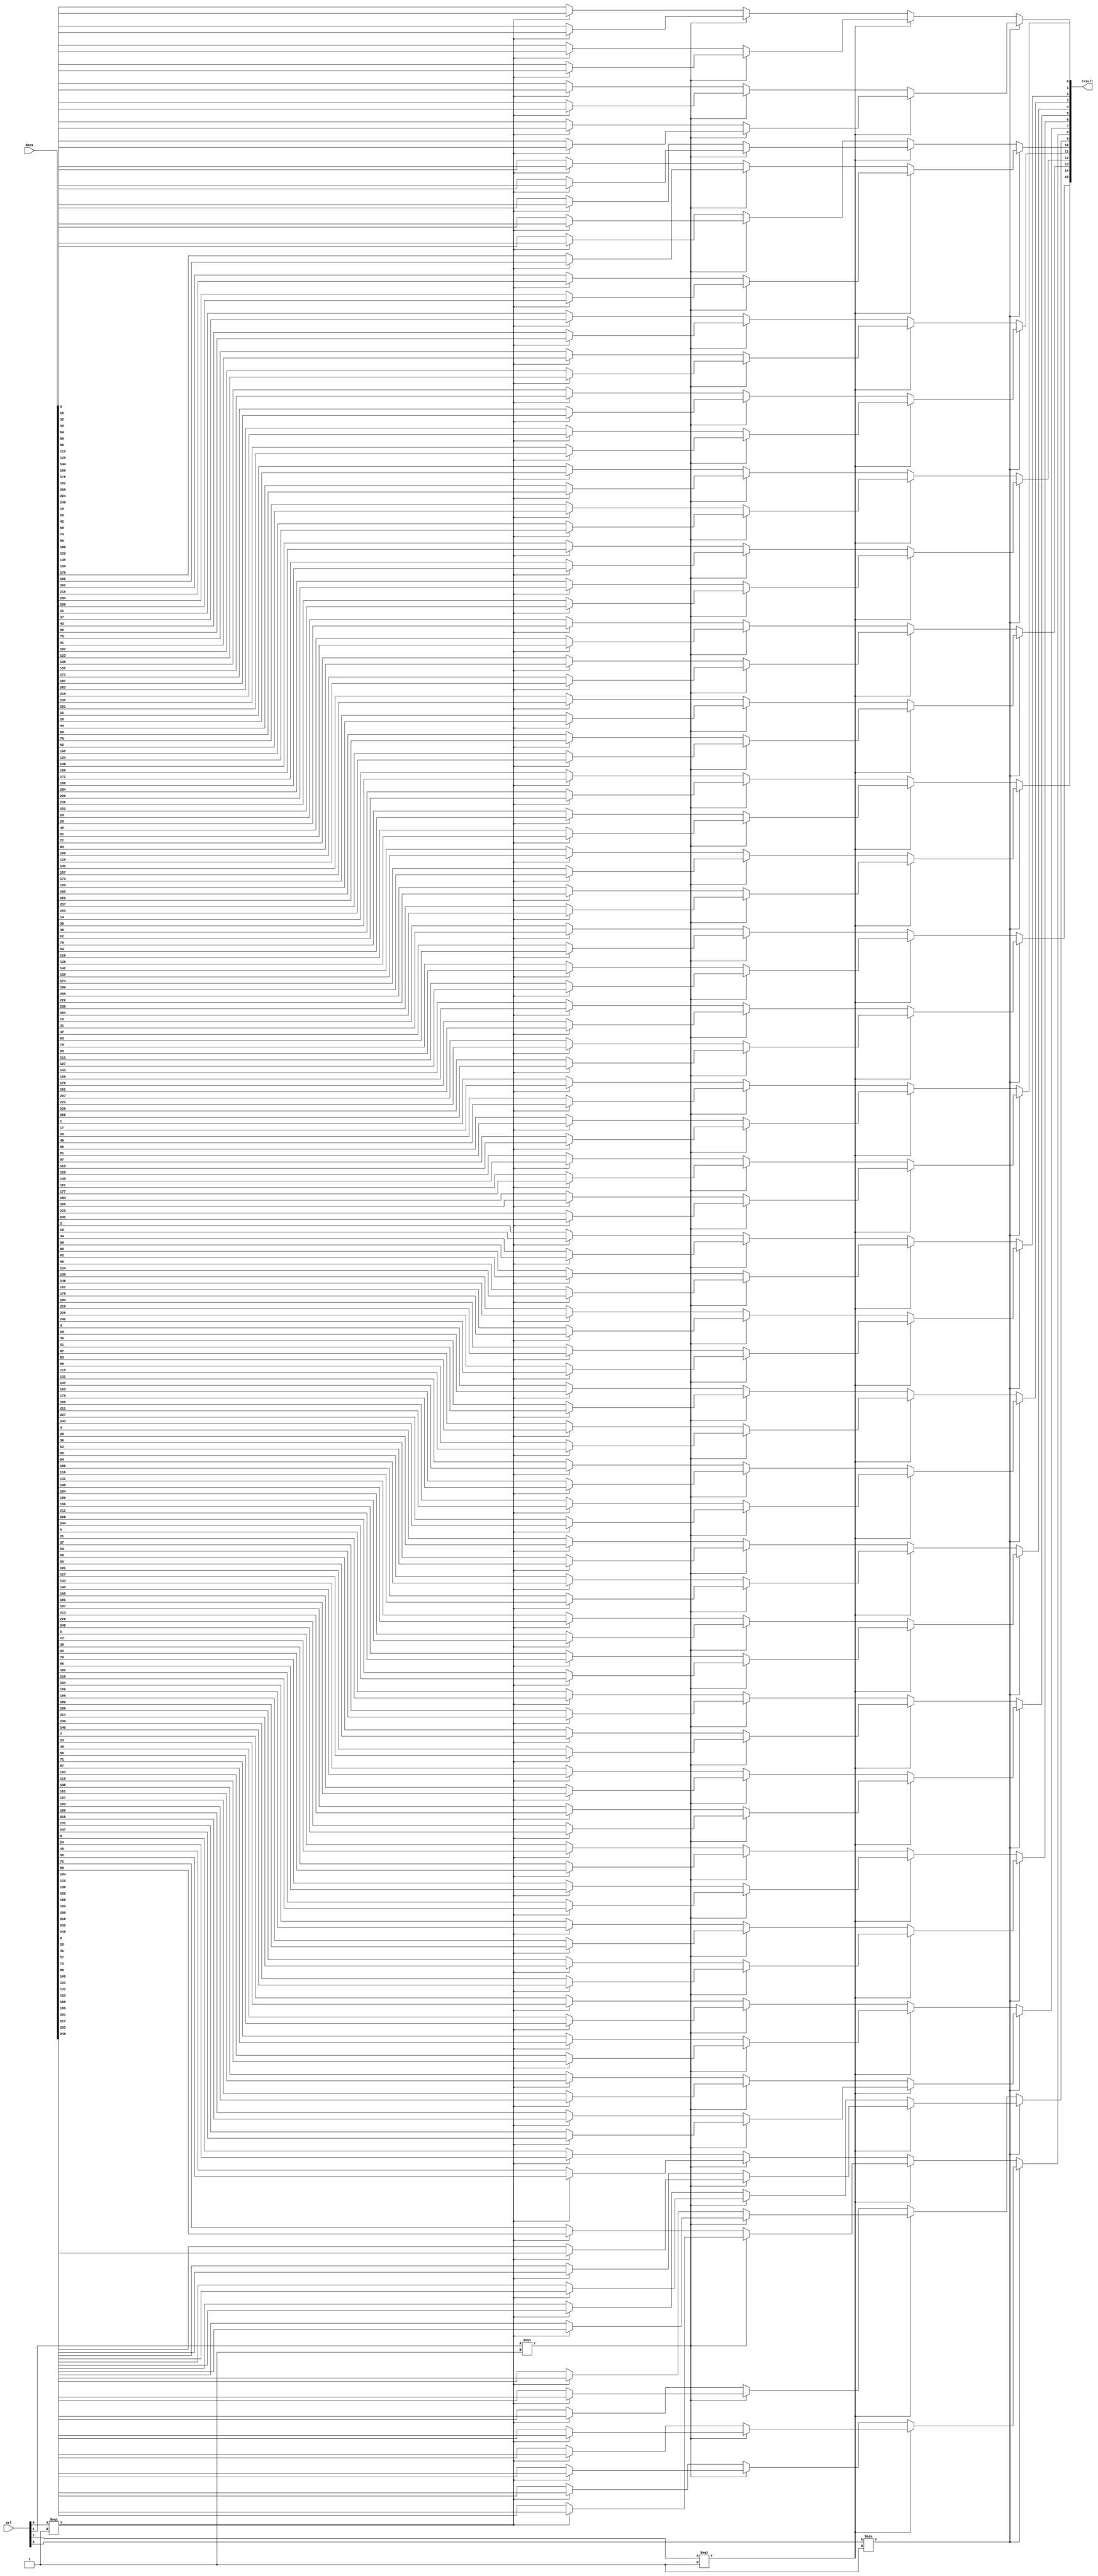
module  element_mux_16x16_mux
	( 
	data,
	result,
	sel) /* synthesis synthesis_clearbox=1 */;
	input   [255:0]  data;
	output   [15:0]  result;
	input   [3:0]  sel;
`ifndef ALTERA_RESERVED_QIS
// synopsys translate_off
`endif
	tri0   [255:0]  data;
	tri0   [3:0]  sel;
`ifndef ALTERA_RESERVED_QIS
// synopsys translate_on
`endif

	wire	wire_l1_w0_n0_mux_dataout;
	wire	wire_l1_w0_n1_mux_dataout;
	wire	wire_l1_w0_n2_mux_dataout;
	wire	wire_l1_w0_n3_mux_dataout;
	wire	wire_l1_w0_n4_mux_dataout;
	wire	wire_l1_w0_n5_mux_dataout;
	wire	wire_l1_w0_n6_mux_dataout;
	wire	wire_l1_w0_n7_mux_dataout;
	wire	wire_l1_w10_n0_mux_dataout;
	wire	wire_l1_w10_n1_mux_dataout;
	wire	wire_l1_w10_n2_mux_dataout;
	wire	wire_l1_w10_n3_mux_dataout;
	wire	wire_l1_w10_n4_mux_dataout;
	wire	wire_l1_w10_n5_mux_dataout;
	wire	wire_l1_w10_n6_mux_dataout;
	wire	wire_l1_w10_n7_mux_dataout;
	wire	wire_l1_w11_n0_mux_dataout;
	wire	wire_l1_w11_n1_mux_dataout;
	wire	wire_l1_w11_n2_mux_dataout;
	wire	wire_l1_w11_n3_mux_dataout;
	wire	wire_l1_w11_n4_mux_dataout;
	wire	wire_l1_w11_n5_mux_dataout;
	wire	wire_l1_w11_n6_mux_dataout;
	wire	wire_l1_w11_n7_mux_dataout;
	wire	wire_l1_w12_n0_mux_dataout;
	wire	wire_l1_w12_n1_mux_dataout;
	wire	wire_l1_w12_n2_mux_dataout;
	wire	wire_l1_w12_n3_mux_dataout;
	wire	wire_l1_w12_n4_mux_dataout;
	wire	wire_l1_w12_n5_mux_dataout;
	wire	wire_l1_w12_n6_mux_dataout;
	wire	wire_l1_w12_n7_mux_dataout;
	wire	wire_l1_w13_n0_mux_dataout;
	wire	wire_l1_w13_n1_mux_dataout;
	wire	wire_l1_w13_n2_mux_dataout;
	wire	wire_l1_w13_n3_mux_dataout;
	wire	wire_l1_w13_n4_mux_dataout;
	wire	wire_l1_w13_n5_mux_dataout;
	wire	wire_l1_w13_n6_mux_dataout;
	wire	wire_l1_w13_n7_mux_dataout;
	wire	wire_l1_w14_n0_mux_dataout;
	wire	wire_l1_w14_n1_mux_dataout;
	wire	wire_l1_w14_n2_mux_dataout;
	wire	wire_l1_w14_n3_mux_dataout;
	wire	wire_l1_w14_n4_mux_dataout;
	wire	wire_l1_w14_n5_mux_dataout;
	wire	wire_l1_w14_n6_mux_dataout;
	wire	wire_l1_w14_n7_mux_dataout;
	wire	wire_l1_w15_n0_mux_dataout;
	wire	wire_l1_w15_n1_mux_dataout;
	wire	wire_l1_w15_n2_mux_dataout;
	wire	wire_l1_w15_n3_mux_dataout;
	wire	wire_l1_w15_n4_mux_dataout;
	wire	wire_l1_w15_n5_mux_dataout;
	wire	wire_l1_w15_n6_mux_dataout;
	wire	wire_l1_w15_n7_mux_dataout;
	wire	wire_l1_w1_n0_mux_dataout;
	wire	wire_l1_w1_n1_mux_dataout;
	wire	wire_l1_w1_n2_mux_dataout;
	wire	wire_l1_w1_n3_mux_dataout;
	wire	wire_l1_w1_n4_mux_dataout;
	wire	wire_l1_w1_n5_mux_dataout;
	wire	wire_l1_w1_n6_mux_dataout;
	wire	wire_l1_w1_n7_mux_dataout;
	wire	wire_l1_w2_n0_mux_dataout;
	wire	wire_l1_w2_n1_mux_dataout;
	wire	wire_l1_w2_n2_mux_dataout;
	wire	wire_l1_w2_n3_mux_dataout;
	wire	wire_l1_w2_n4_mux_dataout;
	wire	wire_l1_w2_n5_mux_dataout;
	wire	wire_l1_w2_n6_mux_dataout;
	wire	wire_l1_w2_n7_mux_dataout;
	wire	wire_l1_w3_n0_mux_dataout;
	wire	wire_l1_w3_n1_mux_dataout;
	wire	wire_l1_w3_n2_mux_dataout;
	wire	wire_l1_w3_n3_mux_dataout;
	wire	wire_l1_w3_n4_mux_dataout;
	wire	wire_l1_w3_n5_mux_dataout;
	wire	wire_l1_w3_n6_mux_dataout;
	wire	wire_l1_w3_n7_mux_dataout;
	wire	wire_l1_w4_n0_mux_dataout;
	wire	wire_l1_w4_n1_mux_dataout;
	wire	wire_l1_w4_n2_mux_dataout;
	wire	wire_l1_w4_n3_mux_dataout;
	wire	wire_l1_w4_n4_mux_dataout;
	wire	wire_l1_w4_n5_mux_dataout;
	wire	wire_l1_w4_n6_mux_dataout;
	wire	wire_l1_w4_n7_mux_dataout;
	wire	wire_l1_w5_n0_mux_dataout;
	wire	wire_l1_w5_n1_mux_dataout;
	wire	wire_l1_w5_n2_mux_dataout;
	wire	wire_l1_w5_n3_mux_dataout;
	wire	wire_l1_w5_n4_mux_dataout;
	wire	wire_l1_w5_n5_mux_dataout;
	wire	wire_l1_w5_n6_mux_dataout;
	wire	wire_l1_w5_n7_mux_dataout;
	wire	wire_l1_w6_n0_mux_dataout;
	wire	wire_l1_w6_n1_mux_dataout;
	wire	wire_l1_w6_n2_mux_dataout;
	wire	wire_l1_w6_n3_mux_dataout;
	wire	wire_l1_w6_n4_mux_dataout;
	wire	wire_l1_w6_n5_mux_dataout;
	wire	wire_l1_w6_n6_mux_dataout;
	wire	wire_l1_w6_n7_mux_dataout;
	wire	wire_l1_w7_n0_mux_dataout;
	wire	wire_l1_w7_n1_mux_dataout;
	wire	wire_l1_w7_n2_mux_dataout;
	wire	wire_l1_w7_n3_mux_dataout;
	wire	wire_l1_w7_n4_mux_dataout;
	wire	wire_l1_w7_n5_mux_dataout;
	wire	wire_l1_w7_n6_mux_dataout;
	wire	wire_l1_w7_n7_mux_dataout;
	wire	wire_l1_w8_n0_mux_dataout;
	wire	wire_l1_w8_n1_mux_dataout;
	wire	wire_l1_w8_n2_mux_dataout;
	wire	wire_l1_w8_n3_mux_dataout;
	wire	wire_l1_w8_n4_mux_dataout;
	wire	wire_l1_w8_n5_mux_dataout;
	wire	wire_l1_w8_n6_mux_dataout;
	wire	wire_l1_w8_n7_mux_dataout;
	wire	wire_l1_w9_n0_mux_dataout;
	wire	wire_l1_w9_n1_mux_dataout;
	wire	wire_l1_w9_n2_mux_dataout;
	wire	wire_l1_w9_n3_mux_dataout;
	wire	wire_l1_w9_n4_mux_dataout;
	wire	wire_l1_w9_n5_mux_dataout;
	wire	wire_l1_w9_n6_mux_dataout;
	wire	wire_l1_w9_n7_mux_dataout;
	wire	wire_l2_w0_n0_mux_dataout;
	wire	wire_l2_w0_n1_mux_dataout;
	wire	wire_l2_w0_n2_mux_dataout;
	wire	wire_l2_w0_n3_mux_dataout;
	wire	wire_l2_w10_n0_mux_dataout;
	wire	wire_l2_w10_n1_mux_dataout;
	wire	wire_l2_w10_n2_mux_dataout;
	wire	wire_l2_w10_n3_mux_dataout;
	wire	wire_l2_w11_n0_mux_dataout;
	wire	wire_l2_w11_n1_mux_dataout;
	wire	wire_l2_w11_n2_mux_dataout;
	wire	wire_l2_w11_n3_mux_dataout;
	wire	wire_l2_w12_n0_mux_dataout;
	wire	wire_l2_w12_n1_mux_dataout;
	wire	wire_l2_w12_n2_mux_dataout;
	wire	wire_l2_w12_n3_mux_dataout;
	wire	wire_l2_w13_n0_mux_dataout;
	wire	wire_l2_w13_n1_mux_dataout;
	wire	wire_l2_w13_n2_mux_dataout;
	wire	wire_l2_w13_n3_mux_dataout;
	wire	wire_l2_w14_n0_mux_dataout;
	wire	wire_l2_w14_n1_mux_dataout;
	wire	wire_l2_w14_n2_mux_dataout;
	wire	wire_l2_w14_n3_mux_dataout;
	wire	wire_l2_w15_n0_mux_dataout;
	wire	wire_l2_w15_n1_mux_dataout;
	wire	wire_l2_w15_n2_mux_dataout;
	wire	wire_l2_w15_n3_mux_dataout;
	wire	wire_l2_w1_n0_mux_dataout;
	wire	wire_l2_w1_n1_mux_dataout;
	wire	wire_l2_w1_n2_mux_dataout;
	wire	wire_l2_w1_n3_mux_dataout;
	wire	wire_l2_w2_n0_mux_dataout;
	wire	wire_l2_w2_n1_mux_dataout;
	wire	wire_l2_w2_n2_mux_dataout;
	wire	wire_l2_w2_n3_mux_dataout;
	wire	wire_l2_w3_n0_mux_dataout;
	wire	wire_l2_w3_n1_mux_dataout;
	wire	wire_l2_w3_n2_mux_dataout;
	wire	wire_l2_w3_n3_mux_dataout;
	wire	wire_l2_w4_n0_mux_dataout;
	wire	wire_l2_w4_n1_mux_dataout;
	wire	wire_l2_w4_n2_mux_dataout;
	wire	wire_l2_w4_n3_mux_dataout;
	wire	wire_l2_w5_n0_mux_dataout;
	wire	wire_l2_w5_n1_mux_dataout;
	wire	wire_l2_w5_n2_mux_dataout;
	wire	wire_l2_w5_n3_mux_dataout;
	wire	wire_l2_w6_n0_mux_dataout;
	wire	wire_l2_w6_n1_mux_dataout;
	wire	wire_l2_w6_n2_mux_dataout;
	wire	wire_l2_w6_n3_mux_dataout;
	wire	wire_l2_w7_n0_mux_dataout;
	wire	wire_l2_w7_n1_mux_dataout;
	wire	wire_l2_w7_n2_mux_dataout;
	wire	wire_l2_w7_n3_mux_dataout;
	wire	wire_l2_w8_n0_mux_dataout;
	wire	wire_l2_w8_n1_mux_dataout;
	wire	wire_l2_w8_n2_mux_dataout;
	wire	wire_l2_w8_n3_mux_dataout;
	wire	wire_l2_w9_n0_mux_dataout;
	wire	wire_l2_w9_n1_mux_dataout;
	wire	wire_l2_w9_n2_mux_dataout;
	wire	wire_l2_w9_n3_mux_dataout;
	wire	wire_l3_w0_n0_mux_dataout;
	wire	wire_l3_w0_n1_mux_dataout;
	wire	wire_l3_w10_n0_mux_dataout;
	wire	wire_l3_w10_n1_mux_dataout;
	wire	wire_l3_w11_n0_mux_dataout;
	wire	wire_l3_w11_n1_mux_dataout;
	wire	wire_l3_w12_n0_mux_dataout;
	wire	wire_l3_w12_n1_mux_dataout;
	wire	wire_l3_w13_n0_mux_dataout;
	wire	wire_l3_w13_n1_mux_dataout;
	wire	wire_l3_w14_n0_mux_dataout;
	wire	wire_l3_w14_n1_mux_dataout;
	wire	wire_l3_w15_n0_mux_dataout;
	wire	wire_l3_w15_n1_mux_dataout;
	wire	wire_l3_w1_n0_mux_dataout;
	wire	wire_l3_w1_n1_mux_dataout;
	wire	wire_l3_w2_n0_mux_dataout;
	wire	wire_l3_w2_n1_mux_dataout;
	wire	wire_l3_w3_n0_mux_dataout;
	wire	wire_l3_w3_n1_mux_dataout;
	wire	wire_l3_w4_n0_mux_dataout;
	wire	wire_l3_w4_n1_mux_dataout;
	wire	wire_l3_w5_n0_mux_dataout;
	wire	wire_l3_w5_n1_mux_dataout;
	wire	wire_l3_w6_n0_mux_dataout;
	wire	wire_l3_w6_n1_mux_dataout;
	wire	wire_l3_w7_n0_mux_dataout;
	wire	wire_l3_w7_n1_mux_dataout;
	wire	wire_l3_w8_n0_mux_dataout;
	wire	wire_l3_w8_n1_mux_dataout;
	wire	wire_l3_w9_n0_mux_dataout;
	wire	wire_l3_w9_n1_mux_dataout;
	wire	wire_l4_w0_n0_mux_dataout;
	wire	wire_l4_w10_n0_mux_dataout;
	wire	wire_l4_w11_n0_mux_dataout;
	wire	wire_l4_w12_n0_mux_dataout;
	wire	wire_l4_w13_n0_mux_dataout;
	wire	wire_l4_w14_n0_mux_dataout;
	wire	wire_l4_w15_n0_mux_dataout;
	wire	wire_l4_w1_n0_mux_dataout;
	wire	wire_l4_w2_n0_mux_dataout;
	wire	wire_l4_w3_n0_mux_dataout;
	wire	wire_l4_w4_n0_mux_dataout;
	wire	wire_l4_w5_n0_mux_dataout;
	wire	wire_l4_w6_n0_mux_dataout;
	wire	wire_l4_w7_n0_mux_dataout;
	wire	wire_l4_w8_n0_mux_dataout;
	wire	wire_l4_w9_n0_mux_dataout;
	wire  [479:0]  data_wire;
	wire  [15:0]  result_wire_ext;
	wire  [15:0]  sel_wire;

	assign		wire_l1_w0_n0_mux_dataout = (sel_wire[0] === 1'b1) ? data_wire[16] : data_wire[0];
	assign		wire_l1_w0_n1_mux_dataout = (sel_wire[0] === 1'b1) ? data_wire[48] : data_wire[32];
	assign		wire_l1_w0_n2_mux_dataout = (sel_wire[0] === 1'b1) ? data_wire[80] : data_wire[64];
	assign		wire_l1_w0_n3_mux_dataout = (sel_wire[0] === 1'b1) ? data_wire[112] : data_wire[96];
	assign		wire_l1_w0_n4_mux_dataout = (sel_wire[0] === 1'b1) ? data_wire[144] : data_wire[128];
	assign		wire_l1_w0_n5_mux_dataout = (sel_wire[0] === 1'b1) ? data_wire[176] : data_wire[160];
	assign		wire_l1_w0_n6_mux_dataout = (sel_wire[0] === 1'b1) ? data_wire[208] : data_wire[192];
	assign		wire_l1_w0_n7_mux_dataout = (sel_wire[0] === 1'b1) ? data_wire[240] : data_wire[224];
	assign		wire_l1_w10_n0_mux_dataout = (sel_wire[0] === 1'b1) ? data_wire[26] : data_wire[10];
	assign		wire_l1_w10_n1_mux_dataout = (sel_wire[0] === 1'b1) ? data_wire[58] : data_wire[42];
	assign		wire_l1_w10_n2_mux_dataout = (sel_wire[0] === 1'b1) ? data_wire[90] : data_wire[74];
	assign		wire_l1_w10_n3_mux_dataout = (sel_wire[0] === 1'b1) ? data_wire[122] : data_wire[106];
	assign		wire_l1_w10_n4_mux_dataout = (sel_wire[0] === 1'b1) ? data_wire[154] : data_wire[138];
	assign		wire_l1_w10_n5_mux_dataout = (sel_wire[0] === 1'b1) ? data_wire[186] : data_wire[170];
	assign		wire_l1_w10_n6_mux_dataout = (sel_wire[0] === 1'b1) ? data_wire[218] : data_wire[202];
	assign		wire_l1_w10_n7_mux_dataout = (sel_wire[0] === 1'b1) ? data_wire[250] : data_wire[234];
	assign		wire_l1_w11_n0_mux_dataout = (sel_wire[0] === 1'b1) ? data_wire[27] : data_wire[11];
	assign		wire_l1_w11_n1_mux_dataout = (sel_wire[0] === 1'b1) ? data_wire[59] : data_wire[43];
	assign		wire_l1_w11_n2_mux_dataout = (sel_wire[0] === 1'b1) ? data_wire[91] : data_wire[75];
	assign		wire_l1_w11_n3_mux_dataout = (sel_wire[0] === 1'b1) ? data_wire[123] : data_wire[107];
	assign		wire_l1_w11_n4_mux_dataout = (sel_wire[0] === 1'b1) ? data_wire[155] : data_wire[139];
	assign		wire_l1_w11_n5_mux_dataout = (sel_wire[0] === 1'b1) ? data_wire[187] : data_wire[171];
	assign		wire_l1_w11_n6_mux_dataout = (sel_wire[0] === 1'b1) ? data_wire[219] : data_wire[203];
	assign		wire_l1_w11_n7_mux_dataout = (sel_wire[0] === 1'b1) ? data_wire[251] : data_wire[235];
	assign		wire_l1_w12_n0_mux_dataout = (sel_wire[0] === 1'b1) ? data_wire[28] : data_wire[12];
	assign		wire_l1_w12_n1_mux_dataout = (sel_wire[0] === 1'b1) ? data_wire[60] : data_wire[44];
	assign		wire_l1_w12_n2_mux_dataout = (sel_wire[0] === 1'b1) ? data_wire[92] : data_wire[76];
	assign		wire_l1_w12_n3_mux_dataout = (sel_wire[0] === 1'b1) ? data_wire[124] : data_wire[108];
	assign		wire_l1_w12_n4_mux_dataout = (sel_wire[0] === 1'b1) ? data_wire[156] : data_wire[140];
	assign		wire_l1_w12_n5_mux_dataout = (sel_wire[0] === 1'b1) ? data_wire[188] : data_wire[172];
	assign		wire_l1_w12_n6_mux_dataout = (sel_wire[0] === 1'b1) ? data_wire[220] : data_wire[204];
	assign		wire_l1_w12_n7_mux_dataout = (sel_wire[0] === 1'b1) ? data_wire[252] : data_wire[236];
	assign		wire_l1_w13_n0_mux_dataout = (sel_wire[0] === 1'b1) ? data_wire[29] : data_wire[13];
	assign		wire_l1_w13_n1_mux_dataout = (sel_wire[0] === 1'b1) ? data_wire[61] : data_wire[45];
	assign		wire_l1_w13_n2_mux_dataout = (sel_wire[0] === 1'b1) ? data_wire[93] : data_wire[77];
	assign		wire_l1_w13_n3_mux_dataout = (sel_wire[0] === 1'b1) ? data_wire[125] : data_wire[109];
	assign		wire_l1_w13_n4_mux_dataout = (sel_wire[0] === 1'b1) ? data_wire[157] : data_wire[141];
	assign		wire_l1_w13_n5_mux_dataout = (sel_wire[0] === 1'b1) ? data_wire[189] : data_wire[173];
	assign		wire_l1_w13_n6_mux_dataout = (sel_wire[0] === 1'b1) ? data_wire[221] : data_wire[205];
	assign		wire_l1_w13_n7_mux_dataout = (sel_wire[0] === 1'b1) ? data_wire[253] : data_wire[237];
	assign		wire_l1_w14_n0_mux_dataout = (sel_wire[0] === 1'b1) ? data_wire[30] : data_wire[14];
	assign		wire_l1_w14_n1_mux_dataout = (sel_wire[0] === 1'b1) ? data_wire[62] : data_wire[46];
	assign		wire_l1_w14_n2_mux_dataout = (sel_wire[0] === 1'b1) ? data_wire[94] : data_wire[78];
	assign		wire_l1_w14_n3_mux_dataout = (sel_wire[0] === 1'b1) ? data_wire[126] : data_wire[110];
	assign		wire_l1_w14_n4_mux_dataout = (sel_wire[0] === 1'b1) ? data_wire[158] : data_wire[142];
	assign		wire_l1_w14_n5_mux_dataout = (sel_wire[0] === 1'b1) ? data_wire[190] : data_wire[174];
	assign		wire_l1_w14_n6_mux_dataout = (sel_wire[0] === 1'b1) ? data_wire[222] : data_wire[206];
	assign		wire_l1_w14_n7_mux_dataout = (sel_wire[0] === 1'b1) ? data_wire[254] : data_wire[238];
	assign		wire_l1_w15_n0_mux_dataout = (sel_wire[0] === 1'b1) ? data_wire[31] : data_wire[15];
	assign		wire_l1_w15_n1_mux_dataout = (sel_wire[0] === 1'b1) ? data_wire[63] : data_wire[47];
	assign		wire_l1_w15_n2_mux_dataout = (sel_wire[0] === 1'b1) ? data_wire[95] : data_wire[79];
	assign		wire_l1_w15_n3_mux_dataout = (sel_wire[0] === 1'b1) ? data_wire[127] : data_wire[111];
	assign		wire_l1_w15_n4_mux_dataout = (sel_wire[0] === 1'b1) ? data_wire[159] : data_wire[143];
	assign		wire_l1_w15_n5_mux_dataout = (sel_wire[0] === 1'b1) ? data_wire[191] : data_wire[175];
	assign		wire_l1_w15_n6_mux_dataout = (sel_wire[0] === 1'b1) ? data_wire[223] : data_wire[207];
	assign		wire_l1_w15_n7_mux_dataout = (sel_wire[0] === 1'b1) ? data_wire[255] : data_wire[239];
	assign		wire_l1_w1_n0_mux_dataout = (sel_wire[0] === 1'b1) ? data_wire[17] : data_wire[1];
	assign		wire_l1_w1_n1_mux_dataout = (sel_wire[0] === 1'b1) ? data_wire[49] : data_wire[33];
	assign		wire_l1_w1_n2_mux_dataout = (sel_wire[0] === 1'b1) ? data_wire[81] : data_wire[65];
	assign		wire_l1_w1_n3_mux_dataout = (sel_wire[0] === 1'b1) ? data_wire[113] : data_wire[97];
	assign		wire_l1_w1_n4_mux_dataout = (sel_wire[0] === 1'b1) ? data_wire[145] : data_wire[129];
	assign		wire_l1_w1_n5_mux_dataout = (sel_wire[0] === 1'b1) ? data_wire[177] : data_wire[161];
	assign		wire_l1_w1_n6_mux_dataout = (sel_wire[0] === 1'b1) ? data_wire[209] : data_wire[193];
	assign		wire_l1_w1_n7_mux_dataout = (sel_wire[0] === 1'b1) ? data_wire[241] : data_wire[225];
	assign		wire_l1_w2_n0_mux_dataout = (sel_wire[0] === 1'b1) ? data_wire[18] : data_wire[2];
	assign		wire_l1_w2_n1_mux_dataout = (sel_wire[0] === 1'b1) ? data_wire[50] : data_wire[34];
	assign		wire_l1_w2_n2_mux_dataout = (sel_wire[0] === 1'b1) ? data_wire[82] : data_wire[66];
	assign		wire_l1_w2_n3_mux_dataout = (sel_wire[0] === 1'b1) ? data_wire[114] : data_wire[98];
	assign		wire_l1_w2_n4_mux_dataout = (sel_wire[0] === 1'b1) ? data_wire[146] : data_wire[130];
	assign		wire_l1_w2_n5_mux_dataout = (sel_wire[0] === 1'b1) ? data_wire[178] : data_wire[162];
	assign		wire_l1_w2_n6_mux_dataout = (sel_wire[0] === 1'b1) ? data_wire[210] : data_wire[194];
	assign		wire_l1_w2_n7_mux_dataout = (sel_wire[0] === 1'b1) ? data_wire[242] : data_wire[226];
	assign		wire_l1_w3_n0_mux_dataout = (sel_wire[0] === 1'b1) ? data_wire[19] : data_wire[3];
	assign		wire_l1_w3_n1_mux_dataout = (sel_wire[0] === 1'b1) ? data_wire[51] : data_wire[35];
	assign		wire_l1_w3_n2_mux_dataout = (sel_wire[0] === 1'b1) ? data_wire[83] : data_wire[67];
	assign		wire_l1_w3_n3_mux_dataout = (sel_wire[0] === 1'b1) ? data_wire[115] : data_wire[99];
	assign		wire_l1_w3_n4_mux_dataout = (sel_wire[0] === 1'b1) ? data_wire[147] : data_wire[131];
	assign		wire_l1_w3_n5_mux_dataout = (sel_wire[0] === 1'b1) ? data_wire[179] : data_wire[163];
	assign		wire_l1_w3_n6_mux_dataout = (sel_wire[0] === 1'b1) ? data_wire[211] : data_wire[195];
	assign		wire_l1_w3_n7_mux_dataout = (sel_wire[0] === 1'b1) ? data_wire[243] : data_wire[227];
	assign		wire_l1_w4_n0_mux_dataout = (sel_wire[0] === 1'b1) ? data_wire[20] : data_wire[4];
	assign		wire_l1_w4_n1_mux_dataout = (sel_wire[0] === 1'b1) ? data_wire[52] : data_wire[36];
	assign		wire_l1_w4_n2_mux_dataout = (sel_wire[0] === 1'b1) ? data_wire[84] : data_wire[68];
	assign		wire_l1_w4_n3_mux_dataout = (sel_wire[0] === 1'b1) ? data_wire[116] : data_wire[100];
	assign		wire_l1_w4_n4_mux_dataout = (sel_wire[0] === 1'b1) ? data_wire[148] : data_wire[132];
	assign		wire_l1_w4_n5_mux_dataout = (sel_wire[0] === 1'b1) ? data_wire[180] : data_wire[164];
	assign		wire_l1_w4_n6_mux_dataout = (sel_wire[0] === 1'b1) ? data_wire[212] : data_wire[196];
	assign		wire_l1_w4_n7_mux_dataout = (sel_wire[0] === 1'b1) ? data_wire[244] : data_wire[228];
	assign		wire_l1_w5_n0_mux_dataout = (sel_wire[0] === 1'b1) ? data_wire[21] : data_wire[5];
	assign		wire_l1_w5_n1_mux_dataout = (sel_wire[0] === 1'b1) ? data_wire[53] : data_wire[37];
	assign		wire_l1_w5_n2_mux_dataout = (sel_wire[0] === 1'b1) ? data_wire[85] : data_wire[69];
	assign		wire_l1_w5_n3_mux_dataout = (sel_wire[0] === 1'b1) ? data_wire[117] : data_wire[101];
	assign		wire_l1_w5_n4_mux_dataout = (sel_wire[0] === 1'b1) ? data_wire[149] : data_wire[133];
	assign		wire_l1_w5_n5_mux_dataout = (sel_wire[0] === 1'b1) ? data_wire[181] : data_wire[165];
	assign		wire_l1_w5_n6_mux_dataout = (sel_wire[0] === 1'b1) ? data_wire[213] : data_wire[197];
	assign		wire_l1_w5_n7_mux_dataout = (sel_wire[0] === 1'b1) ? data_wire[245] : data_wire[229];
	assign		wire_l1_w6_n0_mux_dataout = (sel_wire[0] === 1'b1) ? data_wire[22] : data_wire[6];
	assign		wire_l1_w6_n1_mux_dataout = (sel_wire[0] === 1'b1) ? data_wire[54] : data_wire[38];
	assign		wire_l1_w6_n2_mux_dataout = (sel_wire[0] === 1'b1) ? data_wire[86] : data_wire[70];
	assign		wire_l1_w6_n3_mux_dataout = (sel_wire[0] === 1'b1) ? data_wire[118] : data_wire[102];
	assign		wire_l1_w6_n4_mux_dataout = (sel_wire[0] === 1'b1) ? data_wire[150] : data_wire[134];
	assign		wire_l1_w6_n5_mux_dataout = (sel_wire[0] === 1'b1) ? data_wire[182] : data_wire[166];
	assign		wire_l1_w6_n6_mux_dataout = (sel_wire[0] === 1'b1) ? data_wire[214] : data_wire[198];
	assign		wire_l1_w6_n7_mux_dataout = (sel_wire[0] === 1'b1) ? data_wire[246] : data_wire[230];
	assign		wire_l1_w7_n0_mux_dataout = (sel_wire[0] === 1'b1) ? data_wire[23] : data_wire[7];
	assign		wire_l1_w7_n1_mux_dataout = (sel_wire[0] === 1'b1) ? data_wire[55] : data_wire[39];
	assign		wire_l1_w7_n2_mux_dataout = (sel_wire[0] === 1'b1) ? data_wire[87] : data_wire[71];
	assign		wire_l1_w7_n3_mux_dataout = (sel_wire[0] === 1'b1) ? data_wire[119] : data_wire[103];
	assign		wire_l1_w7_n4_mux_dataout = (sel_wire[0] === 1'b1) ? data_wire[151] : data_wire[135];
	assign		wire_l1_w7_n5_mux_dataout = (sel_wire[0] === 1'b1) ? data_wire[183] : data_wire[167];
	assign		wire_l1_w7_n6_mux_dataout = (sel_wire[0] === 1'b1) ? data_wire[215] : data_wire[199];
	assign		wire_l1_w7_n7_mux_dataout = (sel_wire[0] === 1'b1) ? data_wire[247] : data_wire[231];
	assign		wire_l1_w8_n0_mux_dataout = (sel_wire[0] === 1'b1) ? data_wire[24] : data_wire[8];
	assign		wire_l1_w8_n1_mux_dataout = (sel_wire[0] === 1'b1) ? data_wire[56] : data_wire[40];
	assign		wire_l1_w8_n2_mux_dataout = (sel_wire[0] === 1'b1) ? data_wire[88] : data_wire[72];
	assign		wire_l1_w8_n3_mux_dataout = (sel_wire[0] === 1'b1) ? data_wire[120] : data_wire[104];
	assign		wire_l1_w8_n4_mux_dataout = (sel_wire[0] === 1'b1) ? data_wire[152] : data_wire[136];
	assign		wire_l1_w8_n5_mux_dataout = (sel_wire[0] === 1'b1) ? data_wire[184] : data_wire[168];
	assign		wire_l1_w8_n6_mux_dataout = (sel_wire[0] === 1'b1) ? data_wire[216] : data_wire[200];
	assign		wire_l1_w8_n7_mux_dataout = (sel_wire[0] === 1'b1) ? data_wire[248] : data_wire[232];
	assign		wire_l1_w9_n0_mux_dataout = (sel_wire[0] === 1'b1) ? data_wire[25] : data_wire[9];
	assign		wire_l1_w9_n1_mux_dataout = (sel_wire[0] === 1'b1) ? data_wire[57] : data_wire[41];
	assign		wire_l1_w9_n2_mux_dataout = (sel_wire[0] === 1'b1) ? data_wire[89] : data_wire[73];
	assign		wire_l1_w9_n3_mux_dataout = (sel_wire[0] === 1'b1) ? data_wire[121] : data_wire[105];
	assign		wire_l1_w9_n4_mux_dataout = (sel_wire[0] === 1'b1) ? data_wire[153] : data_wire[137];
	assign		wire_l1_w9_n5_mux_dataout = (sel_wire[0] === 1'b1) ? data_wire[185] : data_wire[169];
	assign		wire_l1_w9_n6_mux_dataout = (sel_wire[0] === 1'b1) ? data_wire[217] : data_wire[201];
	assign		wire_l1_w9_n7_mux_dataout = (sel_wire[0] === 1'b1) ? data_wire[249] : data_wire[233];
	assign		wire_l2_w0_n0_mux_dataout = (sel_wire[5] === 1'b1) ? data_wire[257] : data_wire[256];
	assign		wire_l2_w0_n1_mux_dataout = (sel_wire[5] === 1'b1) ? data_wire[259] : data_wire[258];
	assign		wire_l2_w0_n2_mux_dataout = (sel_wire[5] === 1'b1) ? data_wire[261] : data_wire[260];
	assign		wire_l2_w0_n3_mux_dataout = (sel_wire[5] === 1'b1) ? data_wire[263] : data_wire[262];
	assign		wire_l2_w10_n0_mux_dataout = (sel_wire[5] === 1'b1) ? data_wire[337] : data_wire[336];
	assign		wire_l2_w10_n1_mux_dataout = (sel_wire[5] === 1'b1) ? data_wire[339] : data_wire[338];
	assign		wire_l2_w10_n2_mux_dataout = (sel_wire[5] === 1'b1) ? data_wire[341] : data_wire[340];
	assign		wire_l2_w10_n3_mux_dataout = (sel_wire[5] === 1'b1) ? data_wire[343] : data_wire[342];
	assign		wire_l2_w11_n0_mux_dataout = (sel_wire[5] === 1'b1) ? data_wire[345] : data_wire[344];
	assign		wire_l2_w11_n1_mux_dataout = (sel_wire[5] === 1'b1) ? data_wire[347] : data_wire[346];
	assign		wire_l2_w11_n2_mux_dataout = (sel_wire[5] === 1'b1) ? data_wire[349] : data_wire[348];
	assign		wire_l2_w11_n3_mux_dataout = (sel_wire[5] === 1'b1) ? data_wire[351] : data_wire[350];
	assign		wire_l2_w12_n0_mux_dataout = (sel_wire[5] === 1'b1) ? data_wire[353] : data_wire[352];
	assign		wire_l2_w12_n1_mux_dataout = (sel_wire[5] === 1'b1) ? data_wire[355] : data_wire[354];
	assign		wire_l2_w12_n2_mux_dataout = (sel_wire[5] === 1'b1) ? data_wire[357] : data_wire[356];
	assign		wire_l2_w12_n3_mux_dataout = (sel_wire[5] === 1'b1) ? data_wire[359] : data_wire[358];
	assign		wire_l2_w13_n0_mux_dataout = (sel_wire[5] === 1'b1) ? data_wire[361] : data_wire[360];
	assign		wire_l2_w13_n1_mux_dataout = (sel_wire[5] === 1'b1) ? data_wire[363] : data_wire[362];
	assign		wire_l2_w13_n2_mux_dataout = (sel_wire[5] === 1'b1) ? data_wire[365] : data_wire[364];
	assign		wire_l2_w13_n3_mux_dataout = (sel_wire[5] === 1'b1) ? data_wire[367] : data_wire[366];
	assign		wire_l2_w14_n0_mux_dataout = (sel_wire[5] === 1'b1) ? data_wire[369] : data_wire[368];
	assign		wire_l2_w14_n1_mux_dataout = (sel_wire[5] === 1'b1) ? data_wire[371] : data_wire[370];
	assign		wire_l2_w14_n2_mux_dataout = (sel_wire[5] === 1'b1) ? data_wire[373] : data_wire[372];
	assign		wire_l2_w14_n3_mux_dataout = (sel_wire[5] === 1'b1) ? data_wire[375] : data_wire[374];
	assign		wire_l2_w15_n0_mux_dataout = (sel_wire[5] === 1'b1) ? data_wire[377] : data_wire[376];
	assign		wire_l2_w15_n1_mux_dataout = (sel_wire[5] === 1'b1) ? data_wire[379] : data_wire[378];
	assign		wire_l2_w15_n2_mux_dataout = (sel_wire[5] === 1'b1) ? data_wire[381] : data_wire[380];
	assign		wire_l2_w15_n3_mux_dataout = (sel_wire[5] === 1'b1) ? data_wire[383] : data_wire[382];
	assign		wire_l2_w1_n0_mux_dataout = (sel_wire[5] === 1'b1) ? data_wire[265] : data_wire[264];
	assign		wire_l2_w1_n1_mux_dataout = (sel_wire[5] === 1'b1) ? data_wire[267] : data_wire[266];
	assign		wire_l2_w1_n2_mux_dataout = (sel_wire[5] === 1'b1) ? data_wire[269] : data_wire[268];
	assign		wire_l2_w1_n3_mux_dataout = (sel_wire[5] === 1'b1) ? data_wire[271] : data_wire[270];
	assign		wire_l2_w2_n0_mux_dataout = (sel_wire[5] === 1'b1) ? data_wire[273] : data_wire[272];
	assign		wire_l2_w2_n1_mux_dataout = (sel_wire[5] === 1'b1) ? data_wire[275] : data_wire[274];
	assign		wire_l2_w2_n2_mux_dataout = (sel_wire[5] === 1'b1) ? data_wire[277] : data_wire[276];
	assign		wire_l2_w2_n3_mux_dataout = (sel_wire[5] === 1'b1) ? data_wire[279] : data_wire[278];
	assign		wire_l2_w3_n0_mux_dataout = (sel_wire[5] === 1'b1) ? data_wire[281] : data_wire[280];
	assign		wire_l2_w3_n1_mux_dataout = (sel_wire[5] === 1'b1) ? data_wire[283] : data_wire[282];
	assign		wire_l2_w3_n2_mux_dataout = (sel_wire[5] === 1'b1) ? data_wire[285] : data_wire[284];
	assign		wire_l2_w3_n3_mux_dataout = (sel_wire[5] === 1'b1) ? data_wire[287] : data_wire[286];
	assign		wire_l2_w4_n0_mux_dataout = (sel_wire[5] === 1'b1) ? data_wire[289] : data_wire[288];
	assign		wire_l2_w4_n1_mux_dataout = (sel_wire[5] === 1'b1) ? data_wire[291] : data_wire[290];
	assign		wire_l2_w4_n2_mux_dataout = (sel_wire[5] === 1'b1) ? data_wire[293] : data_wire[292];
	assign		wire_l2_w4_n3_mux_dataout = (sel_wire[5] === 1'b1) ? data_wire[295] : data_wire[294];
	assign		wire_l2_w5_n0_mux_dataout = (sel_wire[5] === 1'b1) ? data_wire[297] : data_wire[296];
	assign		wire_l2_w5_n1_mux_dataout = (sel_wire[5] === 1'b1) ? data_wire[299] : data_wire[298];
	assign		wire_l2_w5_n2_mux_dataout = (sel_wire[5] === 1'b1) ? data_wire[301] : data_wire[300];
	assign		wire_l2_w5_n3_mux_dataout = (sel_wire[5] === 1'b1) ? data_wire[303] : data_wire[302];
	assign		wire_l2_w6_n0_mux_dataout = (sel_wire[5] === 1'b1) ? data_wire[305] : data_wire[304];
	assign		wire_l2_w6_n1_mux_dataout = (sel_wire[5] === 1'b1) ? data_wire[307] : data_wire[306];
	assign		wire_l2_w6_n2_mux_dataout = (sel_wire[5] === 1'b1) ? data_wire[309] : data_wire[308];
	assign		wire_l2_w6_n3_mux_dataout = (sel_wire[5] === 1'b1) ? data_wire[311] : data_wire[310];
	assign		wire_l2_w7_n0_mux_dataout = (sel_wire[5] === 1'b1) ? data_wire[313] : data_wire[312];
	assign		wire_l2_w7_n1_mux_dataout = (sel_wire[5] === 1'b1) ? data_wire[315] : data_wire[314];
	assign		wire_l2_w7_n2_mux_dataout = (sel_wire[5] === 1'b1) ? data_wire[317] : data_wire[316];
	assign		wire_l2_w7_n3_mux_dataout = (sel_wire[5] === 1'b1) ? data_wire[319] : data_wire[318];
	assign		wire_l2_w8_n0_mux_dataout = (sel_wire[5] === 1'b1) ? data_wire[321] : data_wire[320];
	assign		wire_l2_w8_n1_mux_dataout = (sel_wire[5] === 1'b1) ? data_wire[323] : data_wire[322];
	assign		wire_l2_w8_n2_mux_dataout = (sel_wire[5] === 1'b1) ? data_wire[325] : data_wire[324];
	assign		wire_l2_w8_n3_mux_dataout = (sel_wire[5] === 1'b1) ? data_wire[327] : data_wire[326];
	assign		wire_l2_w9_n0_mux_dataout = (sel_wire[5] === 1'b1) ? data_wire[329] : data_wire[328];
	assign		wire_l2_w9_n1_mux_dataout = (sel_wire[5] === 1'b1) ? data_wire[331] : data_wire[330];
	assign		wire_l2_w9_n2_mux_dataout = (sel_wire[5] === 1'b1) ? data_wire[333] : data_wire[332];
	assign		wire_l2_w9_n3_mux_dataout = (sel_wire[5] === 1'b1) ? data_wire[335] : data_wire[334];
	assign		wire_l3_w0_n0_mux_dataout = (sel_wire[10] === 1'b1) ? data_wire[385] : data_wire[384];
	assign		wire_l3_w0_n1_mux_dataout = (sel_wire[10] === 1'b1) ? data_wire[387] : data_wire[386];
	assign		wire_l3_w10_n0_mux_dataout = (sel_wire[10] === 1'b1) ? data_wire[425] : data_wire[424];
	assign		wire_l3_w10_n1_mux_dataout = (sel_wire[10] === 1'b1) ? data_wire[427] : data_wire[426];
	assign		wire_l3_w11_n0_mux_dataout = (sel_wire[10] === 1'b1) ? data_wire[429] : data_wire[428];
	assign		wire_l3_w11_n1_mux_dataout = (sel_wire[10] === 1'b1) ? data_wire[431] : data_wire[430];
	assign		wire_l3_w12_n0_mux_dataout = (sel_wire[10] === 1'b1) ? data_wire[433] : data_wire[432];
	assign		wire_l3_w12_n1_mux_dataout = (sel_wire[10] === 1'b1) ? data_wire[435] : data_wire[434];
	assign		wire_l3_w13_n0_mux_dataout = (sel_wire[10] === 1'b1) ? data_wire[437] : data_wire[436];
	assign		wire_l3_w13_n1_mux_dataout = (sel_wire[10] === 1'b1) ? data_wire[439] : data_wire[438];
	assign		wire_l3_w14_n0_mux_dataout = (sel_wire[10] === 1'b1) ? data_wire[441] : data_wire[440];
	assign		wire_l3_w14_n1_mux_dataout = (sel_wire[10] === 1'b1) ? data_wire[443] : data_wire[442];
	assign		wire_l3_w15_n0_mux_dataout = (sel_wire[10] === 1'b1) ? data_wire[445] : data_wire[444];
	assign		wire_l3_w15_n1_mux_dataout = (sel_wire[10] === 1'b1) ? data_wire[447] : data_wire[446];
	assign		wire_l3_w1_n0_mux_dataout = (sel_wire[10] === 1'b1) ? data_wire[389] : data_wire[388];
	assign		wire_l3_w1_n1_mux_dataout = (sel_wire[10] === 1'b1) ? data_wire[391] : data_wire[390];
	assign		wire_l3_w2_n0_mux_dataout = (sel_wire[10] === 1'b1) ? data_wire[393] : data_wire[392];
	assign		wire_l3_w2_n1_mux_dataout = (sel_wire[10] === 1'b1) ? data_wire[395] : data_wire[394];
	assign		wire_l3_w3_n0_mux_dataout = (sel_wire[10] === 1'b1) ? data_wire[397] : data_wire[396];
	assign		wire_l3_w3_n1_mux_dataout = (sel_wire[10] === 1'b1) ? data_wire[399] : data_wire[398];
	assign		wire_l3_w4_n0_mux_dataout = (sel_wire[10] === 1'b1) ? data_wire[401] : data_wire[400];
	assign		wire_l3_w4_n1_mux_dataout = (sel_wire[10] === 1'b1) ? data_wire[403] : data_wire[402];
	assign		wire_l3_w5_n0_mux_dataout = (sel_wire[10] === 1'b1) ? data_wire[405] : data_wire[404];
	assign		wire_l3_w5_n1_mux_dataout = (sel_wire[10] === 1'b1) ? data_wire[407] : data_wire[406];
	assign		wire_l3_w6_n0_mux_dataout = (sel_wire[10] === 1'b1) ? data_wire[409] : data_wire[408];
	assign		wire_l3_w6_n1_mux_dataout = (sel_wire[10] === 1'b1) ? data_wire[411] : data_wire[410];
	assign		wire_l3_w7_n0_mux_dataout = (sel_wire[10] === 1'b1) ? data_wire[413] : data_wire[412];
	assign		wire_l3_w7_n1_mux_dataout = (sel_wire[10] === 1'b1) ? data_wire[415] : data_wire[414];
	assign		wire_l3_w8_n0_mux_dataout = (sel_wire[10] === 1'b1) ? data_wire[417] : data_wire[416];
	assign		wire_l3_w8_n1_mux_dataout = (sel_wire[10] === 1'b1) ? data_wire[419] : data_wire[418];
	assign		wire_l3_w9_n0_mux_dataout = (sel_wire[10] === 1'b1) ? data_wire[421] : data_wire[420];
	assign		wire_l3_w9_n1_mux_dataout = (sel_wire[10] === 1'b1) ? data_wire[423] : data_wire[422];
	assign		wire_l4_w0_n0_mux_dataout = (sel_wire[15] === 1'b1) ? data_wire[449] : data_wire[448];
	assign		wire_l4_w10_n0_mux_dataout = (sel_wire[15] === 1'b1) ? data_wire[469] : data_wire[468];
	assign		wire_l4_w11_n0_mux_dataout = (sel_wire[15] === 1'b1) ? data_wire[471] : data_wire[470];
	assign		wire_l4_w12_n0_mux_dataout = (sel_wire[15] === 1'b1) ? data_wire[473] : data_wire[472];
	assign		wire_l4_w13_n0_mux_dataout = (sel_wire[15] === 1'b1) ? data_wire[475] : data_wire[474];
	assign		wire_l4_w14_n0_mux_dataout = (sel_wire[15] === 1'b1) ? data_wire[477] : data_wire[476];
	assign		wire_l4_w15_n0_mux_dataout = (sel_wire[15] === 1'b1) ? data_wire[479] : data_wire[478];
	assign		wire_l4_w1_n0_mux_dataout = (sel_wire[15] === 1'b1) ? data_wire[451] : data_wire[450];
	assign		wire_l4_w2_n0_mux_dataout = (sel_wire[15] === 1'b1) ? data_wire[453] : data_wire[452];
	assign		wire_l4_w3_n0_mux_dataout = (sel_wire[15] === 1'b1) ? data_wire[455] : data_wire[454];
	assign		wire_l4_w4_n0_mux_dataout = (sel_wire[15] === 1'b1) ? data_wire[457] : data_wire[456];
	assign		wire_l4_w5_n0_mux_dataout = (sel_wire[15] === 1'b1) ? data_wire[459] : data_wire[458];
	assign		wire_l4_w6_n0_mux_dataout = (sel_wire[15] === 1'b1) ? data_wire[461] : data_wire[460];
	assign		wire_l4_w7_n0_mux_dataout = (sel_wire[15] === 1'b1) ? data_wire[463] : data_wire[462];
	assign		wire_l4_w8_n0_mux_dataout = (sel_wire[15] === 1'b1) ? data_wire[465] : data_wire[464];
	assign		wire_l4_w9_n0_mux_dataout = (sel_wire[15] === 1'b1) ? data_wire[467] : data_wire[466];
	assign
		data_wire = {wire_l3_w15_n1_mux_dataout, wire_l3_w15_n0_mux_dataout, wire_l3_w14_n1_mux_dataout, wire_l3_w14_n0_mux_dataout, wire_l3_w13_n1_mux_dataout, wire_l3_w13_n0_mux_dataout, wire_l3_w12_n1_mux_dataout, wire_l3_w12_n0_mux_dataout, wire_l3_w11_n1_mux_dataout, wire_l3_w11_n0_mux_dataout, wire_l3_w10_n1_mux_dataout, wire_l3_w10_n0_mux_dataout, wire_l3_w9_n1_mux_dataout, wire_l3_w9_n0_mux_dataout, wire_l3_w8_n1_mux_dataout, wire_l3_w8_n0_mux_dataout, wire_l3_w7_n1_mux_dataout, wire_l3_w7_n0_mux_dataout, wire_l3_w6_n1_mux_dataout, wire_l3_w6_n0_mux_dataout, wire_l3_w5_n1_mux_dataout, wire_l3_w5_n0_mux_dataout, wire_l3_w4_n1_mux_dataout, wire_l3_w4_n0_mux_dataout, wire_l3_w3_n1_mux_dataout, wire_l3_w3_n0_mux_dataout, wire_l3_w2_n1_mux_dataout, wire_l3_w2_n0_mux_dataout, wire_l3_w1_n1_mux_dataout, wire_l3_w1_n0_mux_dataout, wire_l3_w0_n1_mux_dataout, wire_l3_w0_n0_mux_dataout, wire_l2_w15_n3_mux_dataout, wire_l2_w15_n2_mux_dataout, wire_l2_w15_n1_mux_dataout, wire_l2_w15_n0_mux_dataout, wire_l2_w14_n3_mux_dataout, wire_l2_w14_n2_mux_dataout, wire_l2_w14_n1_mux_dataout, wire_l2_w14_n0_mux_dataout, wire_l2_w13_n3_mux_dataout, wire_l2_w13_n2_mux_dataout, wire_l2_w13_n1_mux_dataout, wire_l2_w13_n0_mux_dataout, wire_l2_w12_n3_mux_dataout, wire_l2_w12_n2_mux_dataout, wire_l2_w12_n1_mux_dataout, wire_l2_w12_n0_mux_dataout, wire_l2_w11_n3_mux_dataout, wire_l2_w11_n2_mux_dataout, wire_l2_w11_n1_mux_dataout, wire_l2_w11_n0_mux_dataout, wire_l2_w10_n3_mux_dataout, wire_l2_w10_n2_mux_dataout, wire_l2_w10_n1_mux_dataout, wire_l2_w10_n0_mux_dataout, wire_l2_w9_n3_mux_dataout, wire_l2_w9_n2_mux_dataout, wire_l2_w9_n1_mux_dataout, wire_l2_w9_n0_mux_dataout, wire_l2_w8_n3_mux_dataout, wire_l2_w8_n2_mux_dataout, wire_l2_w8_n1_mux_dataout, wire_l2_w8_n0_mux_dataout, wire_l2_w7_n3_mux_dataout, wire_l2_w7_n2_mux_dataout, wire_l2_w7_n1_mux_dataout, wire_l2_w7_n0_mux_dataout, wire_l2_w6_n3_mux_dataout, wire_l2_w6_n2_mux_dataout, wire_l2_w6_n1_mux_dataout, wire_l2_w6_n0_mux_dataout, wire_l2_w5_n3_mux_dataout, wire_l2_w5_n2_mux_dataout,
 wire_l2_w5_n1_mux_dataout, wire_l2_w5_n0_mux_dataout, wire_l2_w4_n3_mux_dataout, wire_l2_w4_n2_mux_dataout, wire_l2_w4_n1_mux_dataout, wire_l2_w4_n0_mux_dataout, wire_l2_w3_n3_mux_dataout, wire_l2_w3_n2_mux_dataout, wire_l2_w3_n1_mux_dataout, wire_l2_w3_n0_mux_dataout, wire_l2_w2_n3_mux_dataout, wire_l2_w2_n2_mux_dataout, wire_l2_w2_n1_mux_dataout, wire_l2_w2_n0_mux_dataout, wire_l2_w1_n3_mux_dataout, wire_l2_w1_n2_mux_dataout, wire_l2_w1_n1_mux_dataout, wire_l2_w1_n0_mux_dataout, wire_l2_w0_n3_mux_dataout, wire_l2_w0_n2_mux_dataout, wire_l2_w0_n1_mux_dataout, wire_l2_w0_n0_mux_dataout, wire_l1_w15_n7_mux_dataout, wire_l1_w15_n6_mux_dataout, wire_l1_w15_n5_mux_dataout, wire_l1_w15_n4_mux_dataout, wire_l1_w15_n3_mux_dataout, wire_l1_w15_n2_mux_dataout, wire_l1_w15_n1_mux_dataout, wire_l1_w15_n0_mux_dataout, wire_l1_w14_n7_mux_dataout, wire_l1_w14_n6_mux_dataout, wire_l1_w14_n5_mux_dataout, wire_l1_w14_n4_mux_dataout, wire_l1_w14_n3_mux_dataout, wire_l1_w14_n2_mux_dataout, wire_l1_w14_n1_mux_dataout, wire_l1_w14_n0_mux_dataout, wire_l1_w13_n7_mux_dataout, wire_l1_w13_n6_mux_dataout, wire_l1_w13_n5_mux_dataout, wire_l1_w13_n4_mux_dataout, wire_l1_w13_n3_mux_dataout, wire_l1_w13_n2_mux_dataout, wire_l1_w13_n1_mux_dataout, wire_l1_w13_n0_mux_dataout, wire_l1_w12_n7_mux_dataout, wire_l1_w12_n6_mux_dataout, wire_l1_w12_n5_mux_dataout, wire_l1_w12_n4_mux_dataout, wire_l1_w12_n3_mux_dataout, wire_l1_w12_n2_mux_dataout, wire_l1_w12_n1_mux_dataout, wire_l1_w12_n0_mux_dataout, wire_l1_w11_n7_mux_dataout, wire_l1_w11_n6_mux_dataout, wire_l1_w11_n5_mux_dataout, wire_l1_w11_n4_mux_dataout, wire_l1_w11_n3_mux_dataout, wire_l1_w11_n2_mux_dataout, wire_l1_w11_n1_mux_dataout, wire_l1_w11_n0_mux_dataout, wire_l1_w10_n7_mux_dataout, wire_l1_w10_n6_mux_dataout, wire_l1_w10_n5_mux_dataout, wire_l1_w10_n4_mux_dataout, wire_l1_w10_n3_mux_dataout, wire_l1_w10_n2_mux_dataout, wire_l1_w10_n1_mux_dataout, wire_l1_w10_n0_mux_dataout, wire_l1_w9_n7_mux_dataout, wire_l1_w9_n6_mux_dataout, wire_l1_w9_n5_mux_dataout, wire_l1_w9_n4_mux_dataout, wire_l1_w9_n3_mux_dataout
, wire_l1_w9_n2_mux_dataout, wire_l1_w9_n1_mux_dataout, wire_l1_w9_n0_mux_dataout, wire_l1_w8_n7_mux_dataout, wire_l1_w8_n6_mux_dataout, wire_l1_w8_n5_mux_dataout, wire_l1_w8_n4_mux_dataout, wire_l1_w8_n3_mux_dataout, wire_l1_w8_n2_mux_dataout, wire_l1_w8_n1_mux_dataout, wire_l1_w8_n0_mux_dataout, wire_l1_w7_n7_mux_dataout, wire_l1_w7_n6_mux_dataout, wire_l1_w7_n5_mux_dataout, wire_l1_w7_n4_mux_dataout, wire_l1_w7_n3_mux_dataout, wire_l1_w7_n2_mux_dataout, wire_l1_w7_n1_mux_dataout, wire_l1_w7_n0_mux_dataout, wire_l1_w6_n7_mux_dataout, wire_l1_w6_n6_mux_dataout, wire_l1_w6_n5_mux_dataout, wire_l1_w6_n4_mux_dataout, wire_l1_w6_n3_mux_dataout, wire_l1_w6_n2_mux_dataout, wire_l1_w6_n1_mux_dataout, wire_l1_w6_n0_mux_dataout, wire_l1_w5_n7_mux_dataout, wire_l1_w5_n6_mux_dataout, wire_l1_w5_n5_mux_dataout, wire_l1_w5_n4_mux_dataout, wire_l1_w5_n3_mux_dataout, wire_l1_w5_n2_mux_dataout, wire_l1_w5_n1_mux_dataout, wire_l1_w5_n0_mux_dataout, wire_l1_w4_n7_mux_dataout, wire_l1_w4_n6_mux_dataout, wire_l1_w4_n5_mux_dataout, wire_l1_w4_n4_mux_dataout, wire_l1_w4_n3_mux_dataout, wire_l1_w4_n2_mux_dataout, wire_l1_w4_n1_mux_dataout, wire_l1_w4_n0_mux_dataout, wire_l1_w3_n7_mux_dataout, wire_l1_w3_n6_mux_dataout, wire_l1_w3_n5_mux_dataout, wire_l1_w3_n4_mux_dataout, wire_l1_w3_n3_mux_dataout, wire_l1_w3_n2_mux_dataout, wire_l1_w3_n1_mux_dataout, wire_l1_w3_n0_mux_dataout, wire_l1_w2_n7_mux_dataout, wire_l1_w2_n6_mux_dataout, wire_l1_w2_n5_mux_dataout, wire_l1_w2_n4_mux_dataout, wire_l1_w2_n3_mux_dataout, wire_l1_w2_n2_mux_dataout, wire_l1_w2_n1_mux_dataout, wire_l1_w2_n0_mux_dataout, wire_l1_w1_n7_mux_dataout, wire_l1_w1_n6_mux_dataout, wire_l1_w1_n5_mux_dataout, wire_l1_w1_n4_mux_dataout, wire_l1_w1_n3_mux_dataout, wire_l1_w1_n2_mux_dataout, wire_l1_w1_n1_mux_dataout, wire_l1_w1_n0_mux_dataout, wire_l1_w0_n7_mux_dataout, wire_l1_w0_n6_mux_dataout, wire_l1_w0_n5_mux_dataout, wire_l1_w0_n4_mux_dataout, wire_l1_w0_n3_mux_dataout, wire_l1_w0_n2_mux_dataout, wire_l1_w0_n1_mux_dataout, wire_l1_w0_n0_mux_dataout, data},
		result = result_wire_ext,
		result_wire_ext = {wire_l4_w15_n0_mux_dataout, wire_l4_w14_n0_mux_dataout, wire_l4_w13_n0_mux_dataout, wire_l4_w12_n0_mux_dataout, wire_l4_w11_n0_mux_dataout, wire_l4_w10_n0_mux_dataout, wire_l4_w9_n0_mux_dataout, wire_l4_w8_n0_mux_dataout, wire_l4_w7_n0_mux_dataout, wire_l4_w6_n0_mux_dataout, wire_l4_w5_n0_mux_dataout, wire_l4_w4_n0_mux_dataout, wire_l4_w3_n0_mux_dataout, wire_l4_w2_n0_mux_dataout, wire_l4_w1_n0_mux_dataout, wire_l4_w0_n0_mux_dataout},
		sel_wire = {sel[3], {4{1'b0}}, sel[2], {4{1'b0}}, sel[1], {4{1'b0}}, sel[0]};
endmodule
module element_mux_16x16 (
	data0x,
	data10x,
	data11x,
	data12x,
	data13x,
	data14x,
	data15x,
	data1x,
	data2x,
	data3x,
	data4x,
	data5x,
	data6x,
	data7x,
	data8x,
	data9x,
	sel,
	result)/* synthesis synthesis_clearbox = 1 */;

	input	[15:0]  data0x;
	input	[15:0]  data10x;
	input	[15:0]  data11x;
	input	[15:0]  data12x;
	input	[15:0]  data13x;
	input	[15:0]  data14x;
	input	[15:0]  data15x;
	input	[15:0]  data1x;
	input	[15:0]  data2x;
	input	[15:0]  data3x;
	input	[15:0]  data4x;
	input	[15:0]  data5x;
	input	[15:0]  data6x;
	input	[15:0]  data7x;
	input	[15:0]  data8x;
	input	[15:0]  data9x;
	input	[3:0]  sel;
	output	[15:0]  result;

	wire [15:0] sub_wire0;
	wire [15:0] sub_wire17 = data0x[15:0];
	wire [15:0] sub_wire16 = data1x[15:0];
	wire [15:0] sub_wire15 = data2x[15:0];
	wire [15:0] sub_wire14 = data3x[15:0];
	wire [15:0] sub_wire13 = data4x[15:0];
	wire [15:0] sub_wire12 = data5x[15:0];
	wire [15:0] sub_wire11 = data6x[15:0];
	wire [15:0] sub_wire10 = data7x[15:0];
	wire [15:0] sub_wire9 = data8x[15:0];
	wire [15:0] sub_wire8 = data9x[15:0];
	wire [15:0] sub_wire7 = data10x[15:0];
	wire [15:0] sub_wire6 = data11x[15:0];
	wire [15:0] sub_wire5 = data12x[15:0];
	wire [15:0] sub_wire4 = data13x[15:0];
	wire [15:0] sub_wire3 = data14x[15:0];
	wire [15:0] result = sub_wire0[15:0];
	wire [15:0] sub_wire1 = data15x[15:0];
	wire [255:0] sub_wire2 = {sub_wire17, sub_wire16, sub_wire15, sub_wire14, sub_wire13, sub_wire12, sub_wire11, sub_wire10, sub_wire9, sub_wire8, sub_wire7, sub_wire6, sub_wire5, sub_wire4, sub_wire3, sub_wire1};

	element_mux_16x16_mux	element_mux_16x16_mux_component (
				.sel (sel),
				.data (sub_wire2),
				.result (sub_wire0));

endmodule